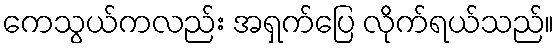
ကေသွယ်ကလည်း အရှက်ပြေ လိုက်ရယ်သည်။